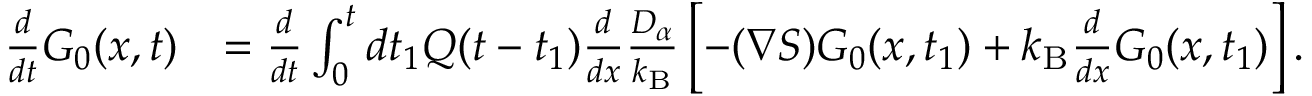
\begin{array} { r l } { \frac { d } { d t } G _ { 0 } ( x , t ) } & { = \frac { d } { d t } \int _ { 0 } ^ { t } d t _ { 1 } Q ( t - t _ { 1 } ) \frac { d } { d x } \frac { D _ { \alpha } } { k _ { \mathrm { B } } } \left[ - ( \nabla S ) G _ { 0 } ( x , t _ { 1 } ) + k _ { \mathrm { B } } \frac { d } { d x } G _ { 0 } ( x , t _ { 1 } ) \right] . } \end{array}